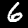
Digit: 6